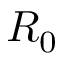
R _ { 0 }